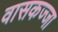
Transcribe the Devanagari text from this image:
वासकज्जा